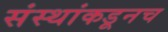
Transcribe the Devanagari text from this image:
संस्थांकडूनच